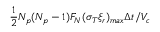
\frac { 1 } { 2 } N _ { p } ( N _ { p } - 1 ) F _ { N } ( \sigma _ { T } \xi _ { r } ) _ { m a x } \Delta t / V _ { c }